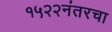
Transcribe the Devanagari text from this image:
१५२२नंतरचा